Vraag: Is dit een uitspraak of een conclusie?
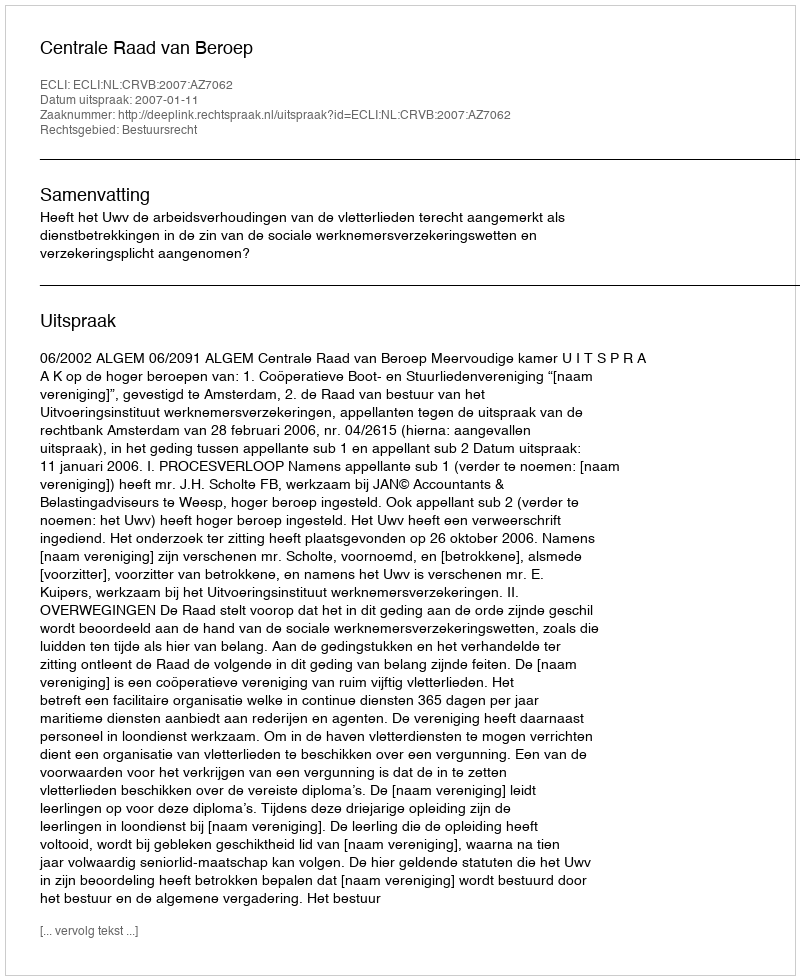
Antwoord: Uitspraak